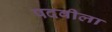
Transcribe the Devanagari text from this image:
पदवीला